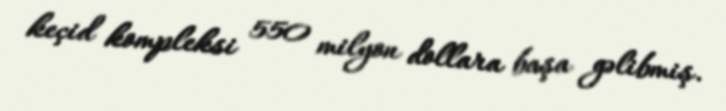
keçid kompleksi 550 milyon dollara başa gəlibmiş.